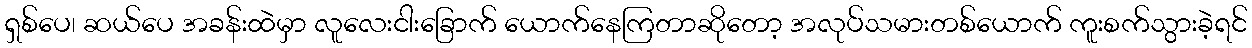
ရှစ်ပေ၊ ဆယ်ပေ အခန်းထဲမှာ လူလေးငါးခြောက် ယောက်နေကြတာဆိုတော့ အလုပ်သမားတစ်ယောက် ကူးစက်သွားခဲ့ရင်